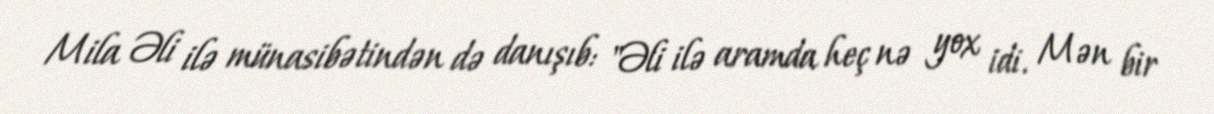
Mila Əli ilə münasibətindən də danışıb: "Əli ilə aramda heç nə yox idi. Mən bir